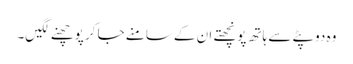
وہ دوپٹے سے ہاتھ پونچھتے ان کے سامنے جا کر پوچھنے لگیں۔